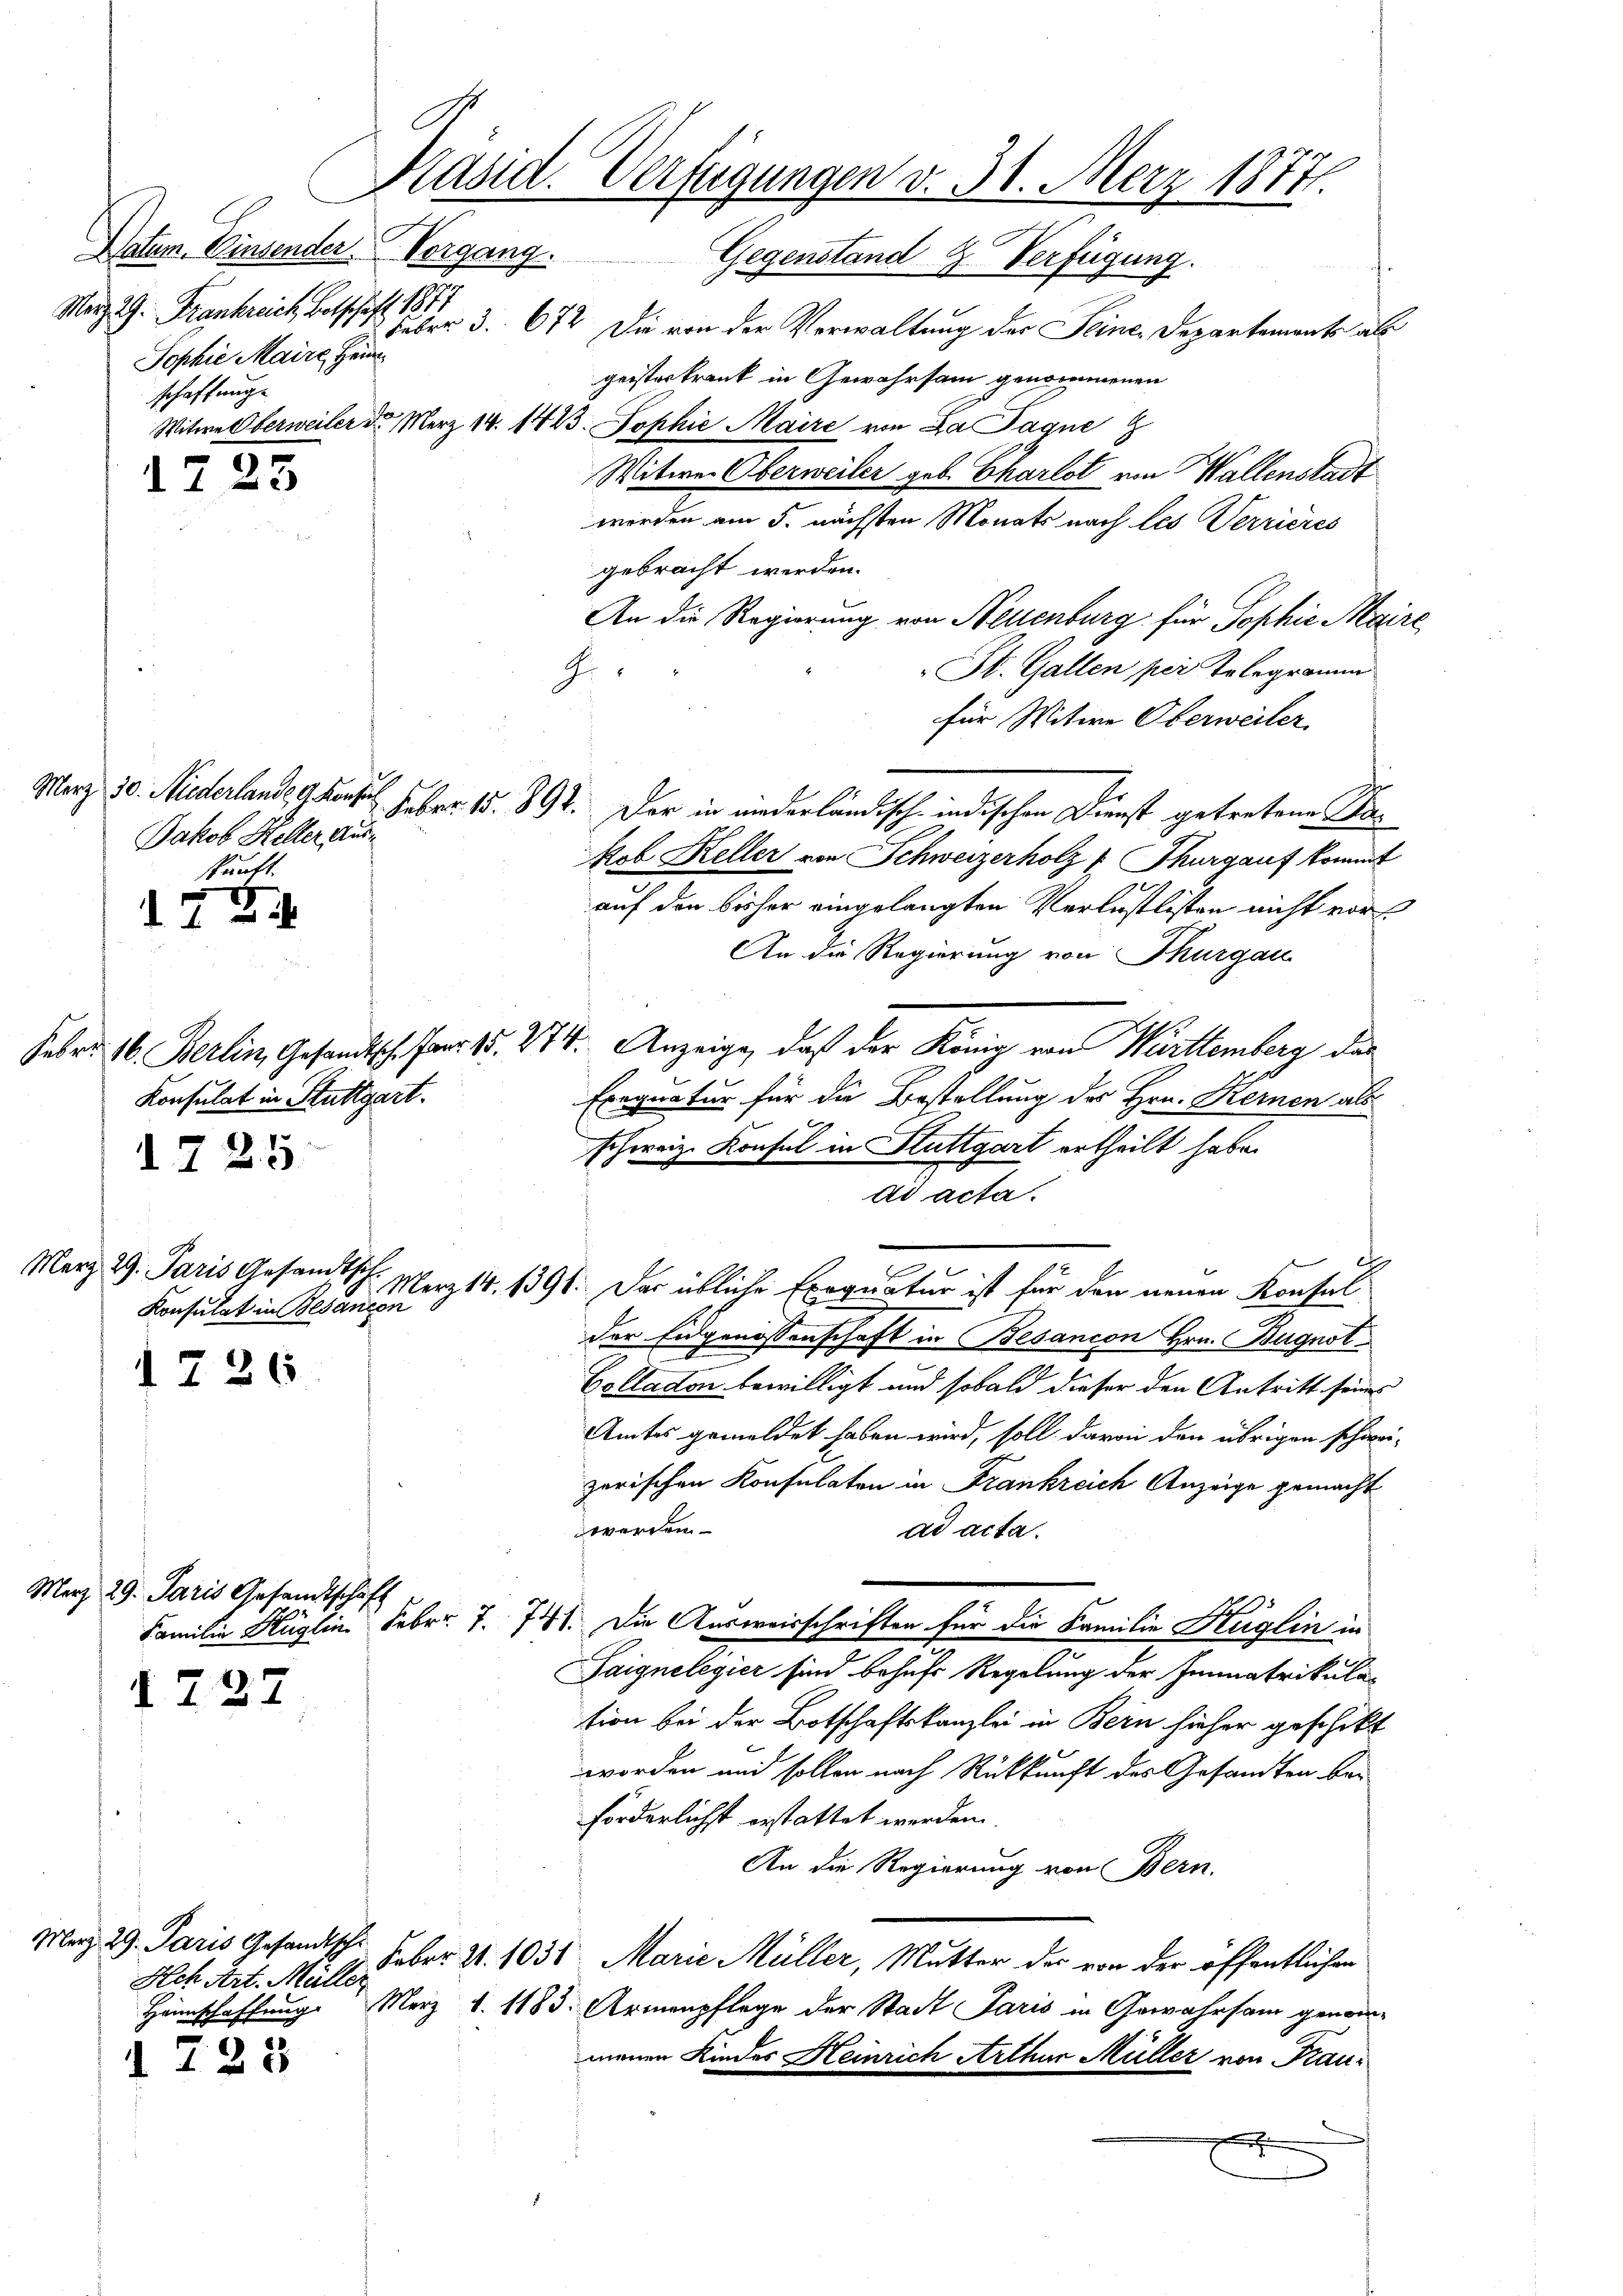
Datum. Einsender Vorgang.
März 2. Frankreich Betschaft 1871
Sophie Maire Hein
schaffung

1723

172

Merz 29. Paris Gesandtsch.
Konsulat in Besancen

1726

Merz 29. Paris Gesandtschaft

I 727

I 723

Jakob Keller auskunft.

Konsulat in Stuttgart.
.
d. I 25

Hch Art. Müller

Feber 3. 672. Die von der Verwaltung der Seine Departement als
geisterkrank in Gewahrsam genommenen
Witwe Oberweiter d. Merz 14. 1443. Sophie Maire von La Paque
Witwe Oberweiler geb. Charlot von Wallenstadt
werden am 5. nächsten Monats nach les Verrieres
gebracht werden.
An die Regierung von Neuenburg für Sophie Bair
St. Gallen per Telegramm
für Witwe Oberweiler.
Merz 30. Miederlande Garte. Febr. 15. 891. Der in niederländisch indischen Dienst getretene Pakob Keller von Schweizerholz 1 Thurgauf kommt
auf den bisher eingelangten Verlustlisten nicht vor
An die Regierung von Thurgau
Febr. 16. Berlin, Gesandtsch. Fr. 15. 274. Anzeige, daß der König von Württemberg das
Exequatur für die Bestellung des Hrn. Kernen als
schweiz. Konsul in Stuttgart ertheilt habe.
ad acta.
1. März 18. 1391. Der übliche Exequatur ist für den neuen Konsul
der Eidgenossenschaft in Besancon Hrn. Bugnot¬
Collaton bewilligt und sobald dieser den Antritt seines
Amtes gemeldet haben wird, soll davon den übrigen schwei-
zerischen Konsulaten in Frankreich Anzeige gemacht
werden
ad acta.
Familie Hüglin. Febr. 7. 741. Die Ausweisschriften für die Familie Hüglin in
Saignelegier sind behufs Regelung der Immatrikula-
tion bei der Botschaftskanzlei in Bern hieher geschikt
worden und sollen nach Rückkunft des Gesandten bei
förderlichst erstattet werden.
An die Regierung von Bern.
Mez. 29. Paris Gesandtsch. Feber 2. 1031. Marie Müller, Mutter der von der öffentlichen
Heimschaffung. Merz d. 1183. Armenpflege der Stadt Paris in Gewahrsam genommenen Kindes Heinrich Arthur Müller von Frau¬
.

Präsid. Verfügungen v. 31. März 1877.
Gegenstand 2. Verfügung.

G